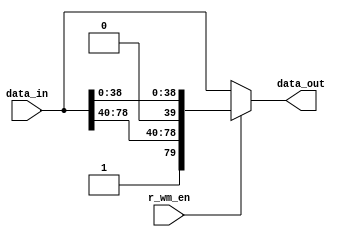
// This program was cloned from: https://github.com/chipsalliance/aib-phy-hardware
// License: Apache License 2.0

// SPDX-License-Identifier: Apache-2.0
// Copyright (C) 2019 Intel Corporation. 
//------------------------------------------------------------------------
// (C) 2009 Altera Corporation. .  
//
//------------------------------------------------------------------------
// Revision:    $Revision: #2 $
//------------------------------------------------------------------------
// Description: 
//
//------------------------------------------------------------------------

module hdpldadapt_tx_datapath_word_mark
    (
      input  wire [79:0] data_in,         // Data In
      input  wire        r_wm_en,         // Word mark enable
      output wire [79:0] data_out         // Data Out
    );

//********************************************************************
// Define Parameters 
//********************************************************************


//********************************************************************
// Define variables 
//********************************************************************


//********************************************************************
// Main logic 
//********************************************************************

assign data_out = r_wm_en ? {1'b1, data_in[78:40], 1'b0, data_in[38:0]} : data_in;


endmodule